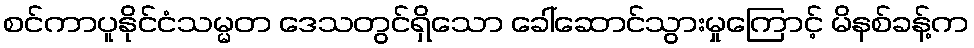
စင်ကာပူနိုင်ငံသမ္မတ ဒေသတွင်ရှိသော ခေါ်ဆောင်သွားမှုကြောင့် မိနစ်ခန့်က